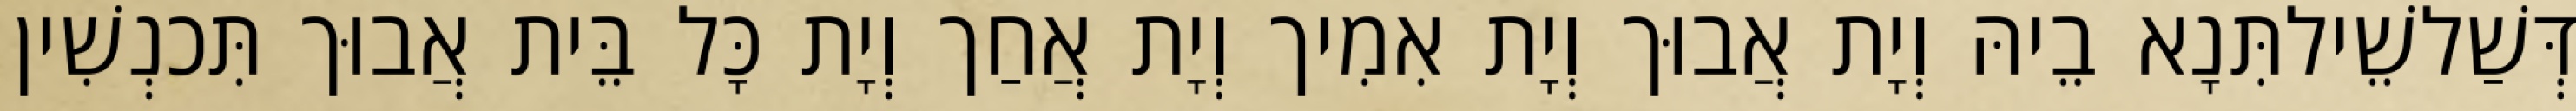
דְּשַׁלשֵׁילתִּנָא בֵיהּ וְיָת אֲבוּך וְיָת אִמִיך וְיָת אֲחַך וְיָת כָּל בֵּית אֲבוּך תִּכנְשִׁין